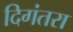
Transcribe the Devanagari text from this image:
दिगंतरा